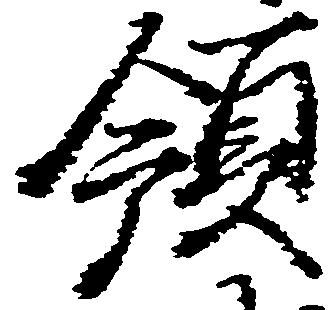
領